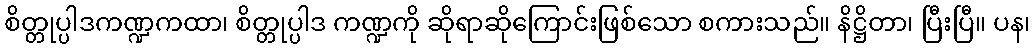
စိတ္တုပ္ပါဒကဏ္ဍကထာ၊ စိတ္တုပ္ပါဒ ကဏ္ဍကို ဆိုရာဆိုကြောင်းဖြစ်သော စကားသည်။ နိဋ္ဌိတာ၊ ပြီးပြီ။ ပန၊